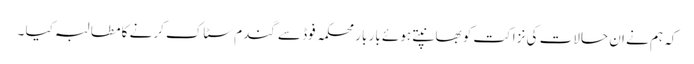
کہ ہم نے ان حالات کی نزاکت کو بھانپتے ہوئے بار بار محکمہ فوڈ سے گندم سٹاک کرنے کا مطالبہ کیا ۔